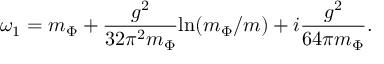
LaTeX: { \omega } _ { 1 } = m _ { \Phi } + \frac { g ^ { 2 } } { 3 2 { \pi } ^ { 2 } m _ { \Phi } } { \ln } ( m _ { \Phi } / m ) + i \frac { g ^ { 2 } } { 6 4 { \pi } m _ { \Phi } } . \nonumber